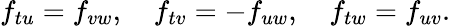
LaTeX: f_{tu}=f_{vw},\quad f_{tv}=-f_{uw},\quad f_{tw}=f_{uv}.